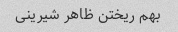
بهم ریختن ظاهر شیرینی